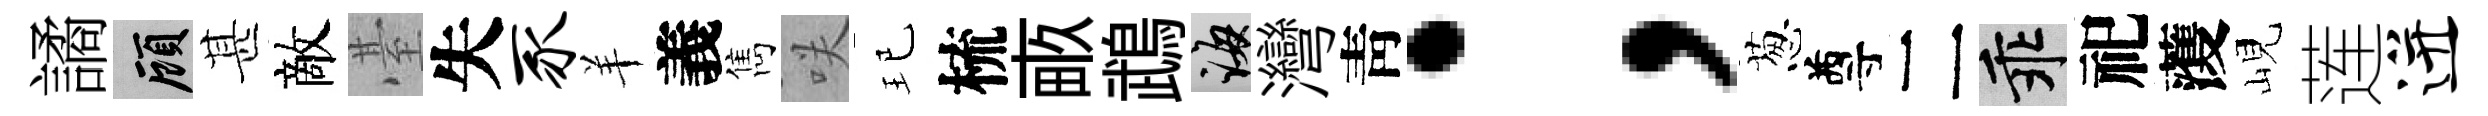
譎顧甚敵䑓失豕羊義雋咲玘梳畞鵡誨灣靑；葱尊二乖祀𮑮峴莲迸